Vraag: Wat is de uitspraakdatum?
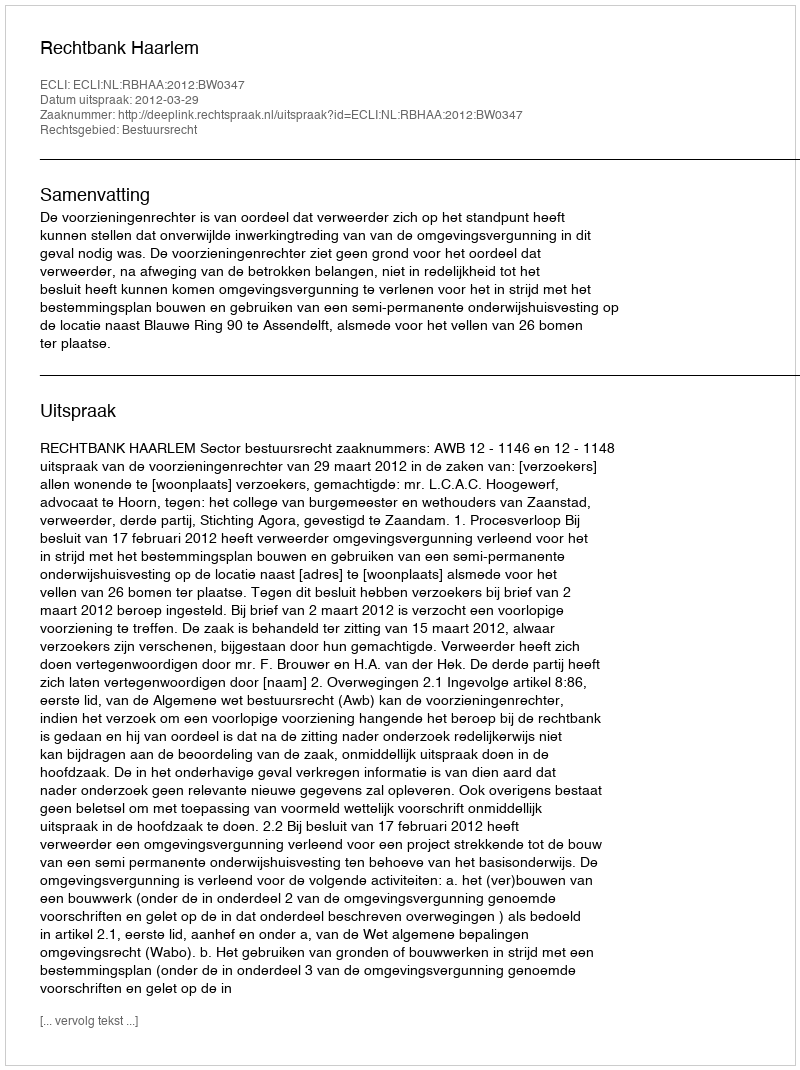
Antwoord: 2012-03-29